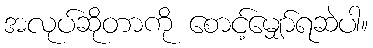
အလုပ်ဆိုတာကို စောင့်မျှော်ရဆဲပါ။